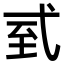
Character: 𢎆